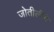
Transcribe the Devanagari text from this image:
जोतीर्लींगे